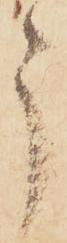
う